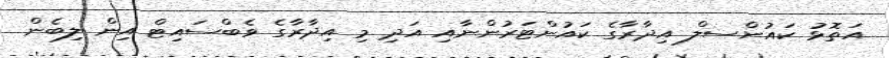
އަތޮޅު ކައުންސލް އިދާރާގެ ކައުންޓަރުންނާއި އަދި މި އިދާރާގެ ވެބްސައިޓް އިން ލިބެން